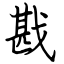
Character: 戡